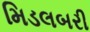
મિડલબરી